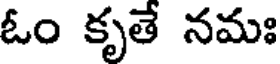
ఓం కృతే నమః